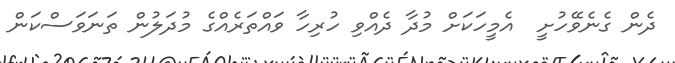
ދެން ގެނެވޭހުށީ  އެމީހަކަށް މުދާ ދެއްވި ހުރިހާ ވައްތަރެއްގެ މުދަލުން ތަނަވަސްކަން